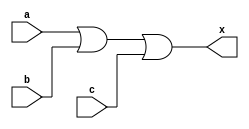
// -------------------------
// Exercicio 0010 
// Nome: Miller 
// -------------------------
// -------- OR 3/2 ---------

// FAVOR NAO DEIXAR ESPACO EM BRANCO NO NOME DO ARQUIVO

// ERA PARA JUNTAR DOIS EM UM:
module inicio2(output x, input a, input b, input c);
wire aux;
assign aux = a|b;
assign x = aux|c;
endmodule

module inicio(output x, input a, input b);
assign x = a|b;
endmodule

module final(output w, input j, input k);
assign w = j|k;
endmodule // -- Neste modulo um dos parametros sera o resultado do modulo anterior.

module variaveis;
reg r, s, t;
wire p, q;

inicio primeiro(p, r, s);
initial begin:start
r=0; s=0;
end

final segundo(q, p, t);
initial begin:starttwo
t=0;
end

initial begin

$display("MILLER - 449048");
$display("OR com 3 entradas, utilizando 2 portas de 2 entradas.");
$display(" ");
$monitor("( %b & %b & %b = %b )", r, s, t, q);

#1 
#1 r=1;
#1 r=1; s=1;
#1 r=0; s=0; t=1;
#1 s=1;
#1 t=0;
#1 r=1; t=1;
#1 r=1; s=1; t=1;

end
endmodule
// -- fim do aplicativo.